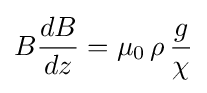
B{\frac {dB}{dz}}=\mu _{0}\,\rho \,{\frac {g}{\chi }}